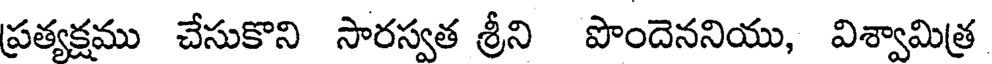
ప్రత్యక్షము చేసుకొని సారస్వత శ్రీని పొందెననియు, విశ్వామిత్ర